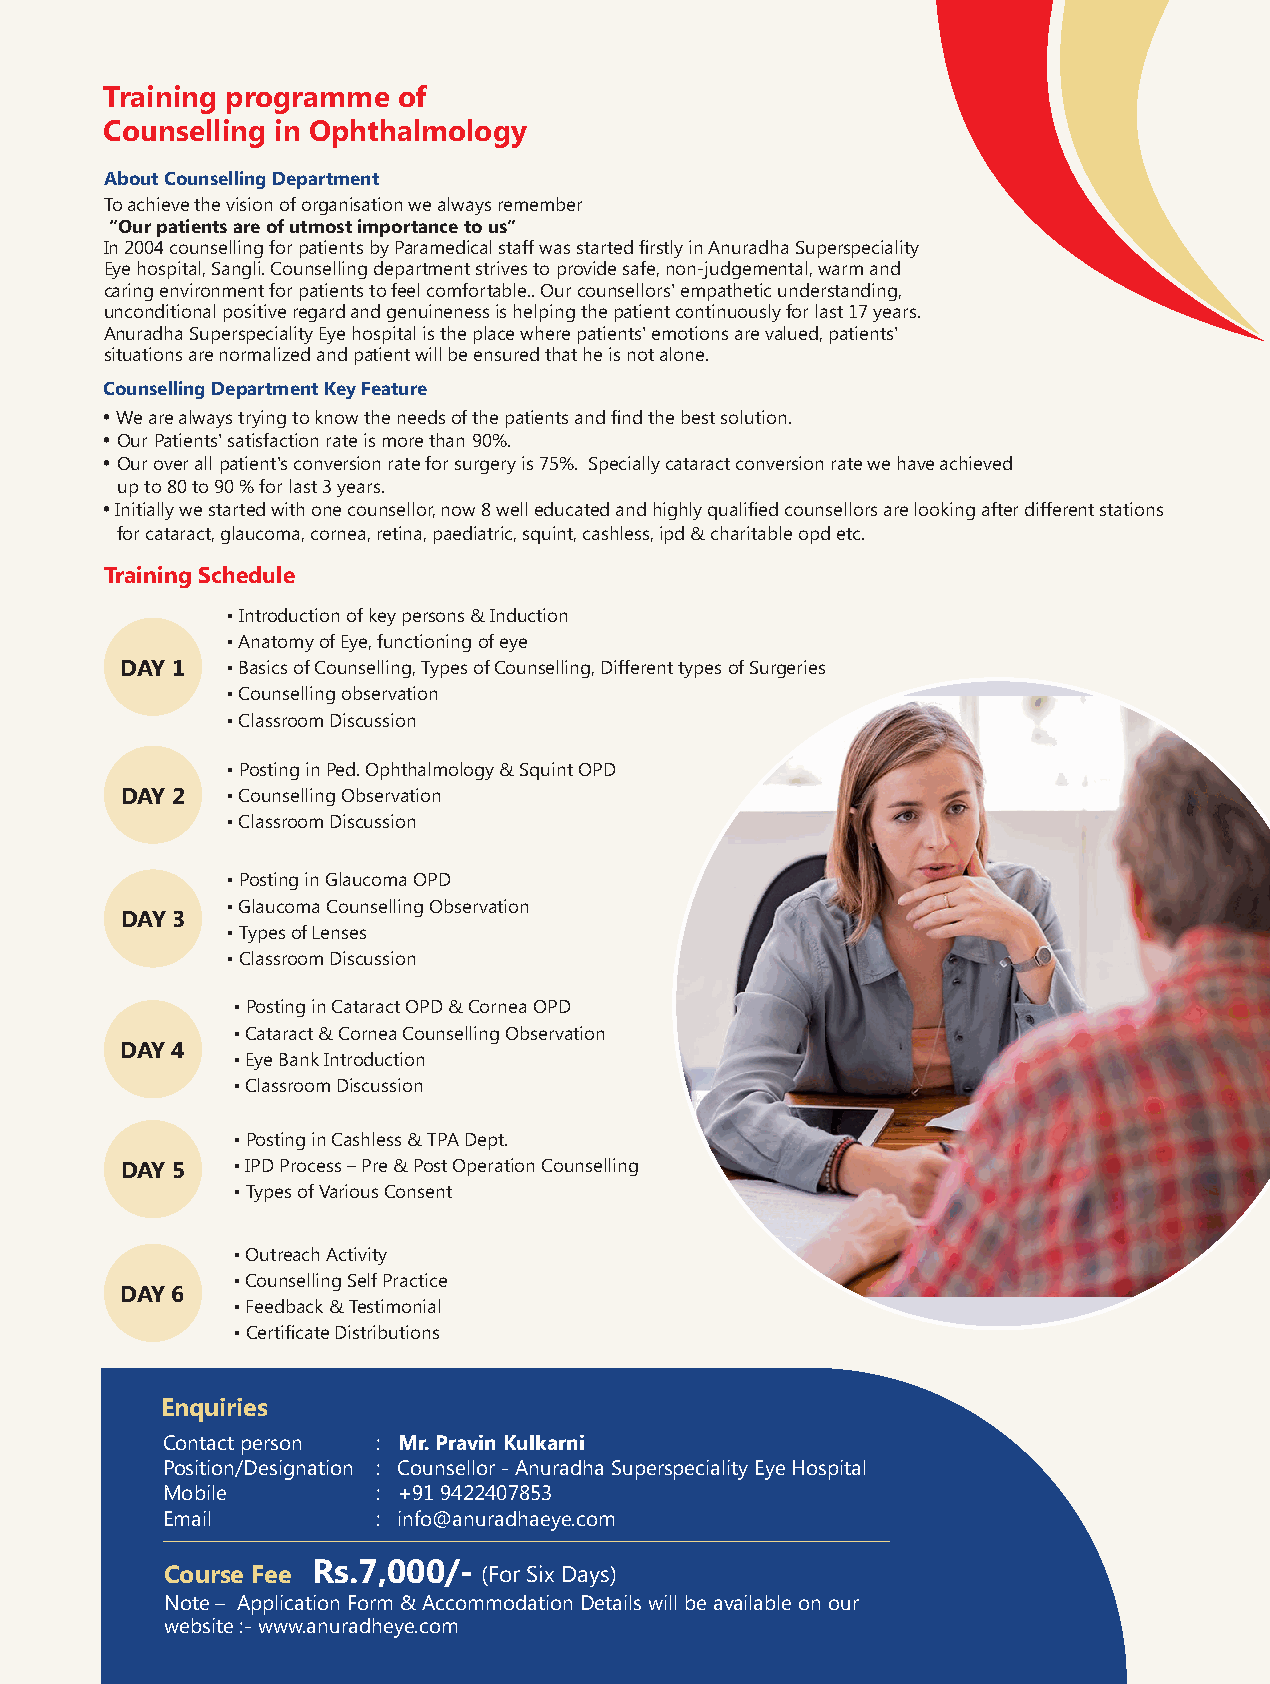
Training programme of
 Counselling in Ophthalmology
 About Counselling Department
 To achieve the vision of organisation we always remember
 “Our patients are of utmost importance to us”
 In 2004 counselling for patients by Paramedical staff was started firstly in Anuradha Superspeciality
 Eye hospital, Sangli. Counselling department strives to provide safe, non-judgemental, warm and
 caring environment for patients to feel comfortable.. Our counsellors' empathetic understanding,
 unconditional positive regard and genuineness is helping the patient continuously for last 17 years.
 Anuradha Superspeciality Eye hospital is the place where patients' emotions are valued, patients'
 situations are normalized and patient will be ensured that he is not alone.
 Counselling Department Key Feature
 • We are always trying to know the needs of the patients and find the best solution.
 • Our Patients' satisfaction rate is more than 90%.
 • Our over all patient's conversion rate for surgery is 75%. Specially cataract conversion rate we have achieved
 up to 80 to 90 % for last 3 years.
 • Initially we started with one counsellor, now 8 well educated and highly qualified counsellors are looking after different stations
 for cataract, glaucoma, cornea, retina, paediatric, squint, cashless, ipd & charitable opd etc.
 Training Schedule
 • Introduction of key persons & Induction
 • Anatomy of Eye, functioning of eye
 DAY 1  • Basics of Counselling, Types of Counselling, Different types of Surgeries
 • Counselling observation
 • Classroom Discussion
 • Posting in Ped. Ophthalmology & Squint OPD
 DAY 2  • Counselling Observation
 • Classroom Discussion
 • Posting in Glaucoma OPD
 • Glaucoma Counselling Observation
 DAY 3
 • Types of Lenses
 • Classroom Discussion
 • Posting in Cataract OPD & Cornea OPD
 • Cataract & Cornea Counselling Observation
 DAY 4
 • Eye Bank Introduction
 • Classroom Discussion
 • Posting in Cashless & TPA Dept.
 DAY 5  • IPD Process – Pre & Post Operation Counselling
 • Types of Various Consent
 • Outreach Activity
 • Counselling Self Practice
 DAY 6
 • Feedback & Testimonial
 • Certificate Distributions
 Enquiries
 Contact person : Mr. Pravin Kulkarni
 Position/Designation : Counsellor - Anuradha Superspeciality Eye Hospital
 Mobile        : +91 9422407853
 Email         : info@anuradhaeye.com
 Rs.7,000/-
 Course Fee           (For Six Days)
 Note – Application Form & Accommodation Details will be available on our
 website :- www.anuradheye.com